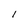
Character: 1